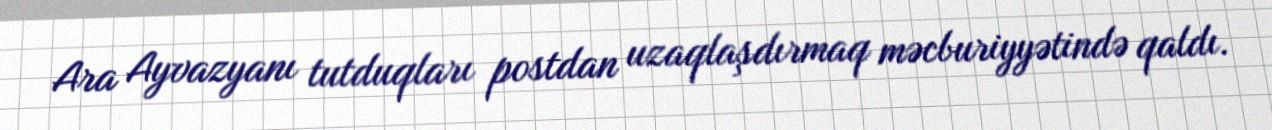
Ara Ayvazyanı tutduqları postdan uzaqlaşdırmaq məcburiyyətində qaldı.